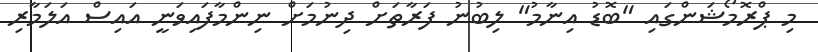
މި ޕްރޮމޯޝަންގައި "ބޮޑު އިނާމު" ލިބުނު ފަރާތަށް ދިނުމަށް ނިންމާފައިވަނީ އައިސް އަލަމާރި